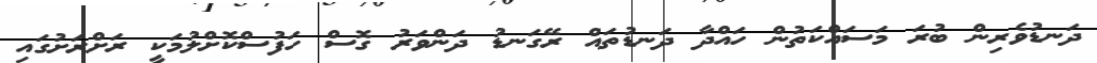
ދަނޑުވެރިން ބުރަ މަސައްކަތުން ހައްދާ ދަނޑުތައް ރޭގަނޑު ދަންވަރު ގޮސް ހަފުސްކޮށްލުމަކީ ރަށްރަށުގައި